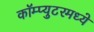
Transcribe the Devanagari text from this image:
कॉम्प्युटरमध्ये